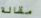
مقالة